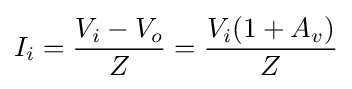
I_{i}={\frac {V_{i}-V_{o}}{Z}}={\frac {V_{i}(1+A_{v})}{Z}}